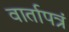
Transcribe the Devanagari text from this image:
वार्तापत्रं